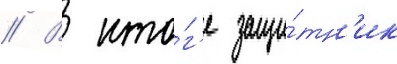
// В ито́г'е защи́тн'ик